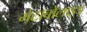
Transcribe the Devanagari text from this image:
मेटाबोलाइड़